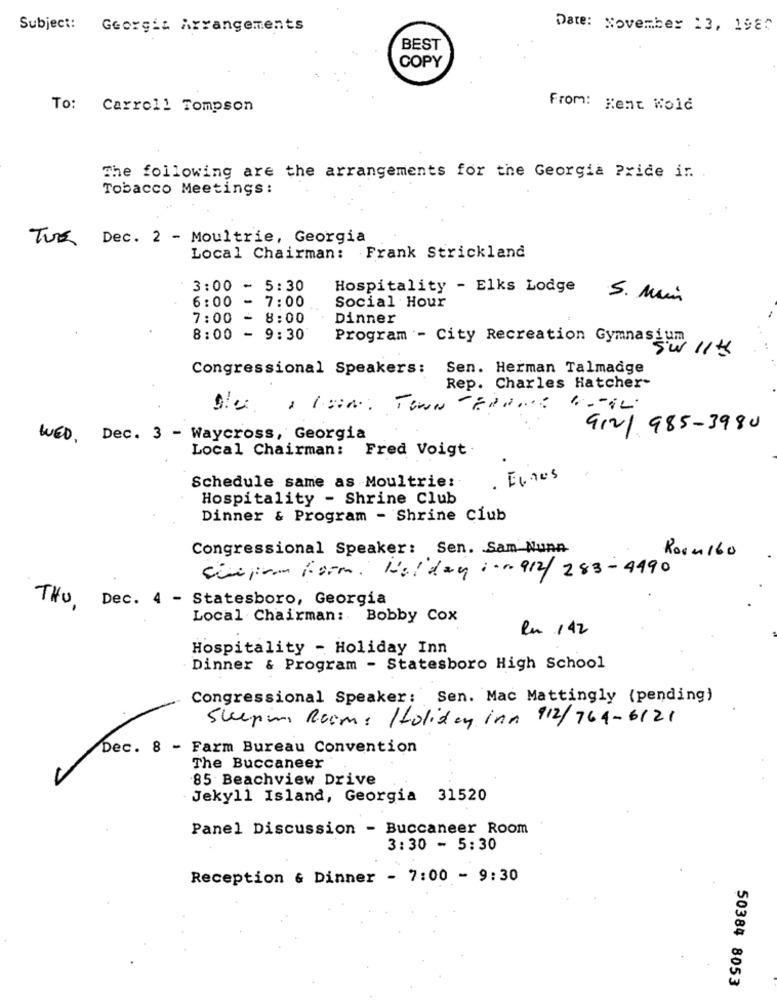
Subject: Georgia Arrangements
Date: November 13, 1980
BEST
COPY
To:
Carroll Tompson
From: Kent Wold
The following are the arrangements for the Georgia Pride ir.
Tobacco Meetings:
TUE Dec. 2 - Moultrie, Georgia
Local Chairman: Frank Strickland
3:00 - 5:30
6:00 - 7:00
Hospitality - Elks Lodge S. Main
Social Hour
7:00 - 8:00
Dinner
. .
8:00 - 9:30
Program - City Recreation Gymnasium
Sw 11th
Congressional Speakers: Sen. Herman Talmadge
Rep. Charles Hatcher-
912/985-3980
WED, Dec. 3 - Waycross, Georgia
Local Chairman: Fred Voigt .
Schedule same as Moultrie:
Hospitality - Shrine Club
Dinner & Program - Shrine Club
Congressional Speaker: Sen. Sam Nunn
Room 160
Hai day i.a. 912/ 283- 4990
cifirm form.
THU Dec. 4 - Statesboro, Georgia
Local Chairman :. Bobby Cox
Rn 142
Hospitality - Holiday Inn
Dinner & Program - Statesboro High School
Congressional Speaker: Sen. Mac Mattingly (pending)
Sleeping Room: Holiday inn 912/764-6121
Dec. 8 - Farm Bureau Convention
The Buccaneer
85 Beachview Drive
Jekyll Island, Georgia 31520
Panel Discussion - Buccaneer Room
3:30 - 5:30
Reception & Dinner - 7:00 - 9:30
50384 8053